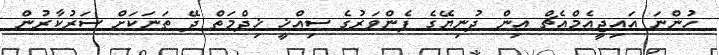
ހުންނަ އައިޖީއެމްއެޗް އިން ދުނިޔޭގެ ފެންވަރުގެ ސިއްޚީ ޚިދްމަތް ދޭ ތަނަކަށް ސަަރުކާރުން